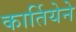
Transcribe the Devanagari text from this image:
कार्तियेने